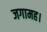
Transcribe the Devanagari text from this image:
जगामह।